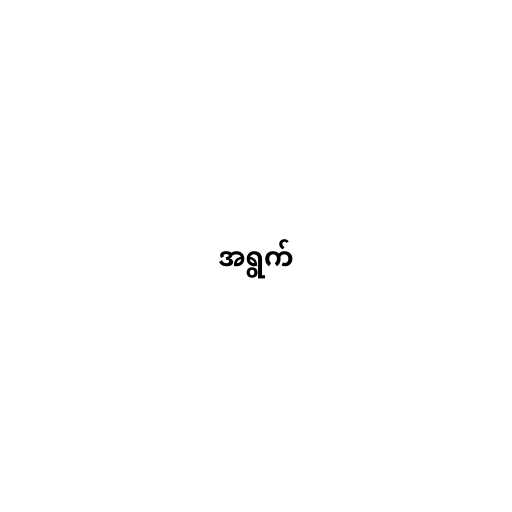
အရွက်